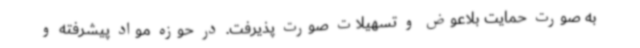
به صورت حمایت بلاعوض و تسهیلات صورت پذیرفت. در حوزه مواد پیشرفته و